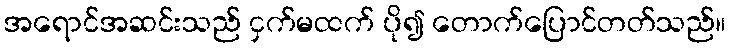
အရောင်အဆင်းသည် ငှက်မထက် ပို၍ တောက်ပြောင်တတ်သည်။